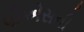
પીએસની